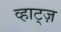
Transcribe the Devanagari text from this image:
व्हाट्ज़